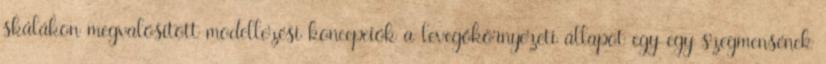
skálákon megvalósított modellezési koncepciók a levegőkörnyezeti állapot egy-egy szegmensének